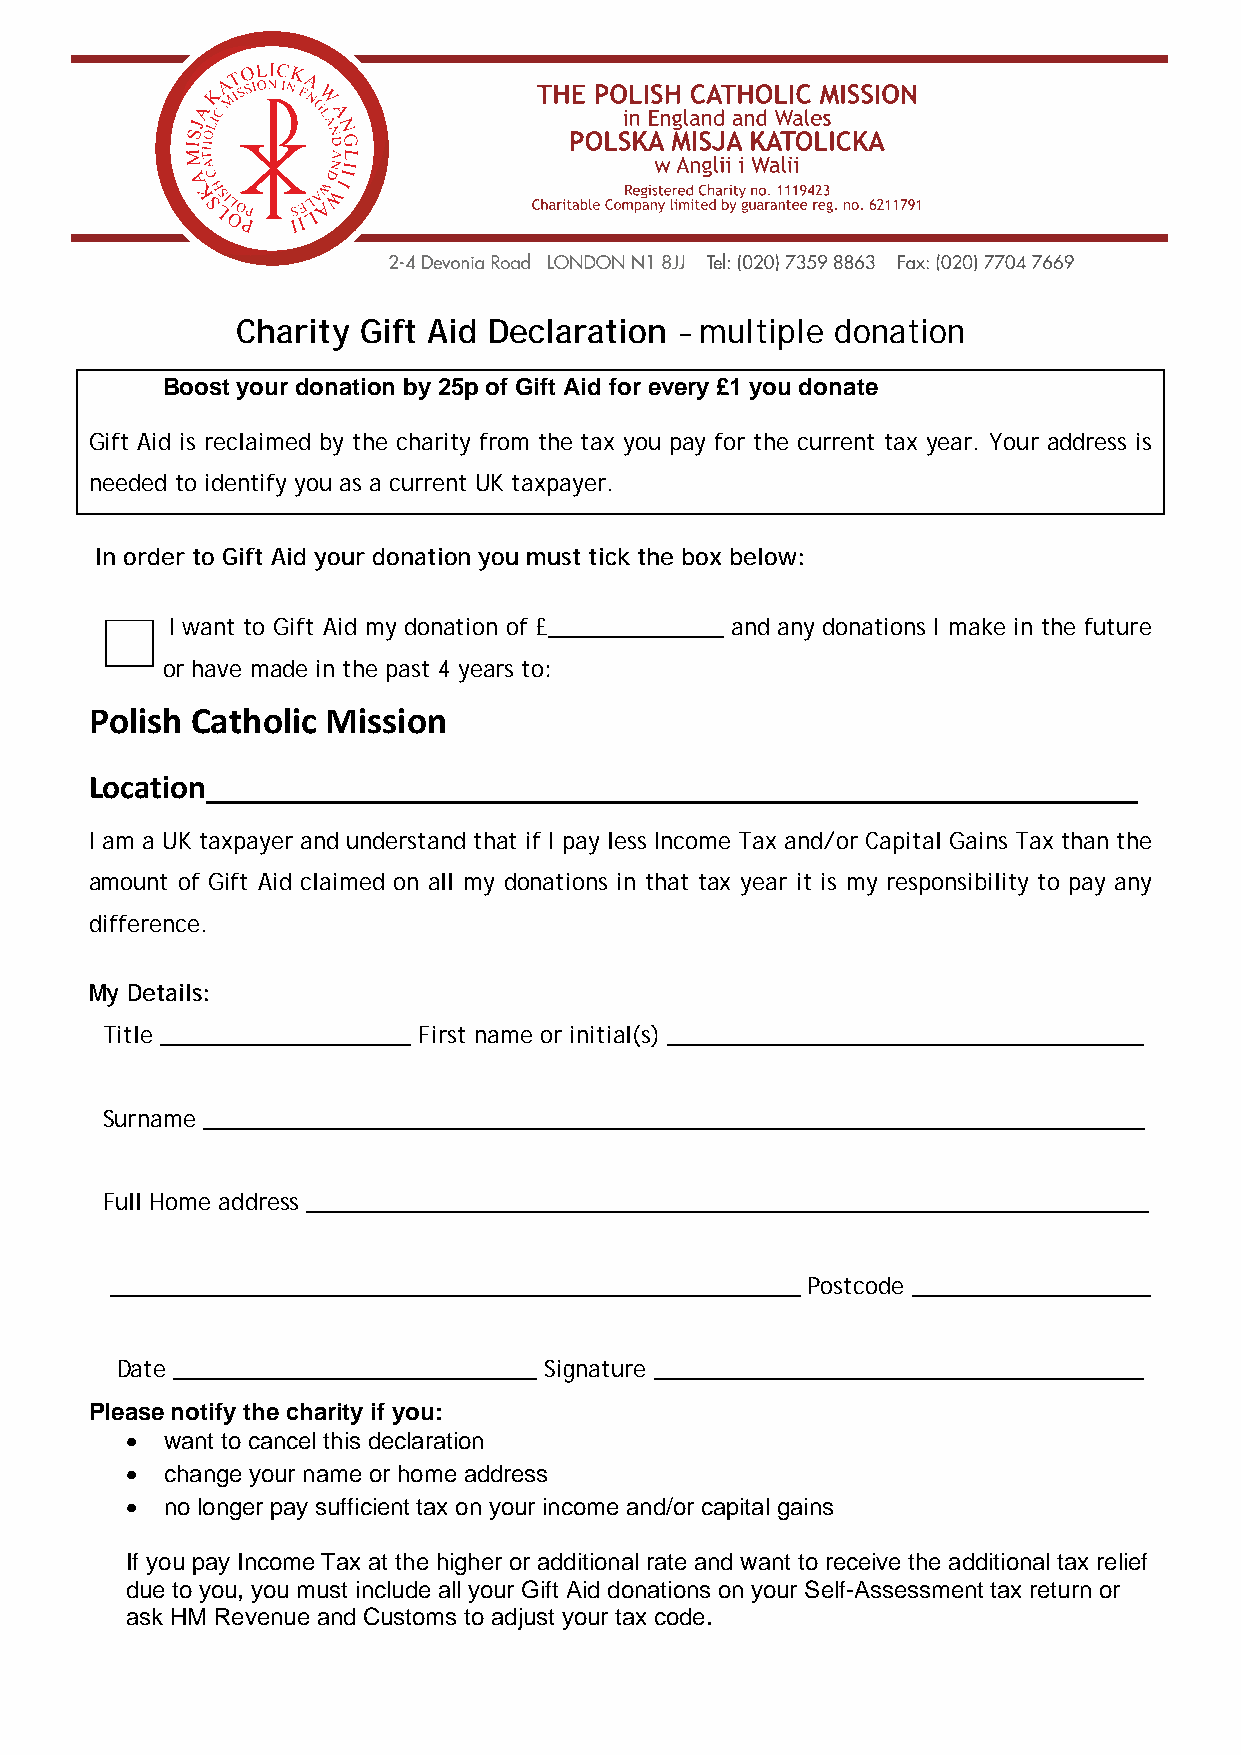
Charity Gift Aid Declaration – multiple donation
 Boost your donation by 25p of Gift Aid for every £1 you donate
 Gift Aid is reclaimed by the charity from the tax you pay for the current tax year. Your address is
 needed to identify you as a current UK taxpayer.
 In order to Gift Aid your donation you must tick the box below:
 I want to Gift Aid my donation of £______________ and any donations I make in the future
 or have made in the past 4 years to:
 Polish Catholic Mission
 Location________________________________________________________
 I am a UK taxpayer and understand that if I pay less Income Tax and/or Capital Gains Tax than the
 amount of Gift Aid claimed on all my donations in that tax year it is my responsibility to pay any
 difference.
 My Details:
 Title ____________________ First name or initial(s) ______________________________________
 Surname ___________________________________________________________________________
 Full Home address ___________________________________________________________________
 _______________________________________________________ Postcode ___________________
 Date _____________________________ Signature _______________________________________
 Please notify the charity if you:
   want to cancel this declaration
   change your name or home address
   no longer pay sufficient tax on your income and/or capital gains
 If you pay Income Tax at the higher or additional rate and want to receive the additional tax relief
 due to you, you must include all your Gift Aid donations on your Self-Assessment tax return or
 ask HM Revenue and Customs to adjust your tax code.